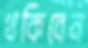
থকিবেন